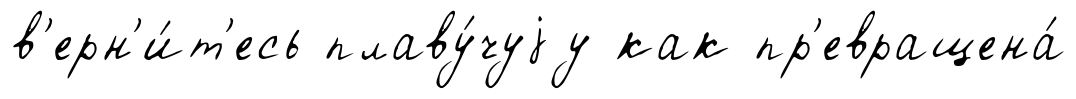
в'ерн'и́т'есь плаву́чуjу как пр'евращена́